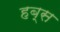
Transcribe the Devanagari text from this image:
हब्स